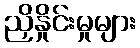
ညှိနှိုင်းမှုများ